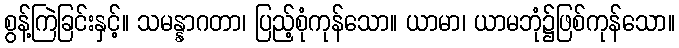
စွန့်ကြဲခြင်းနှင့်။ သမန္နာဂတာ၊ ပြည့်စုံကုန်သော။ ယာမာ၊ ယာမဘုံ၌ဖြစ်ကုန်သော။